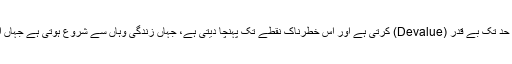
متھ حیات کی اس حد تک نفی اور اسے اس حد تک بے قدر (Devalue) کرتی ہے اور اس خطرناک نقطے تک پہنچا دیتی ہے، جہاں زندگی وہاں سے شروع ہوتی ہے جہاں اس کا خوفناک طریقے سے خاتمہ ہوتا ہے۔